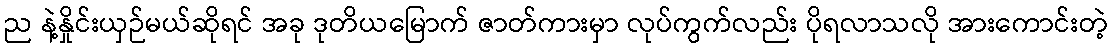
ည နဲ့နှိုင်းယှဉ်မယ်ဆိုရင် အခု ဒုတိယမြောက် ဇာတ်ကားမှာ လုပ်ကွက်လည်း ပိုရလာသလို အားကောင်းတဲ့